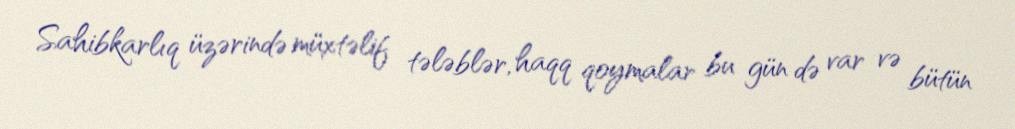
Sahibkarlıq üzərində müxtəlif tələblər, haqq qoymalar bu gün də var və bütün